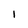
Character: l